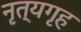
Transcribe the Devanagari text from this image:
नृत्यगृह